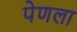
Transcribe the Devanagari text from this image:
पेणला